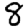
Digit: 8